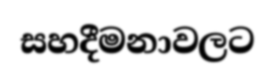
සහදීමනාවලට